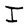
Character: I